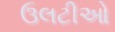
ઉલટીઓ